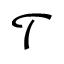
\mathcal { T }